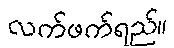
လက်ဖက်ရည်။